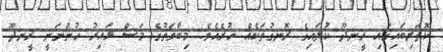
ކޮތަރިބައިގައި ރީނދޫ ކުލައިގެ ރޮނގުތަކެއް ހުރެއެވެ. މިބާވަތުގެ މަސް ޅައިރު ހުންނަނީ ރީނދޫ